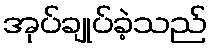
အုပ်ချုပ်ခဲ့သည်